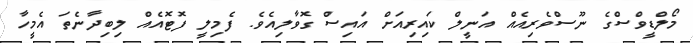
މޯލްޑީވްސްގެ ނޫސްވެރިއެއް އަނީލް ކައިރިއަށް އައިސް ގޮވާލިއެވެ. ފެމިލީ ފޮޓޮއެއް ލިބިދާނެތަ އެމީހާ